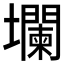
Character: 𱘘